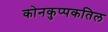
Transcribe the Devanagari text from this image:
कोनकुप्पकतिल